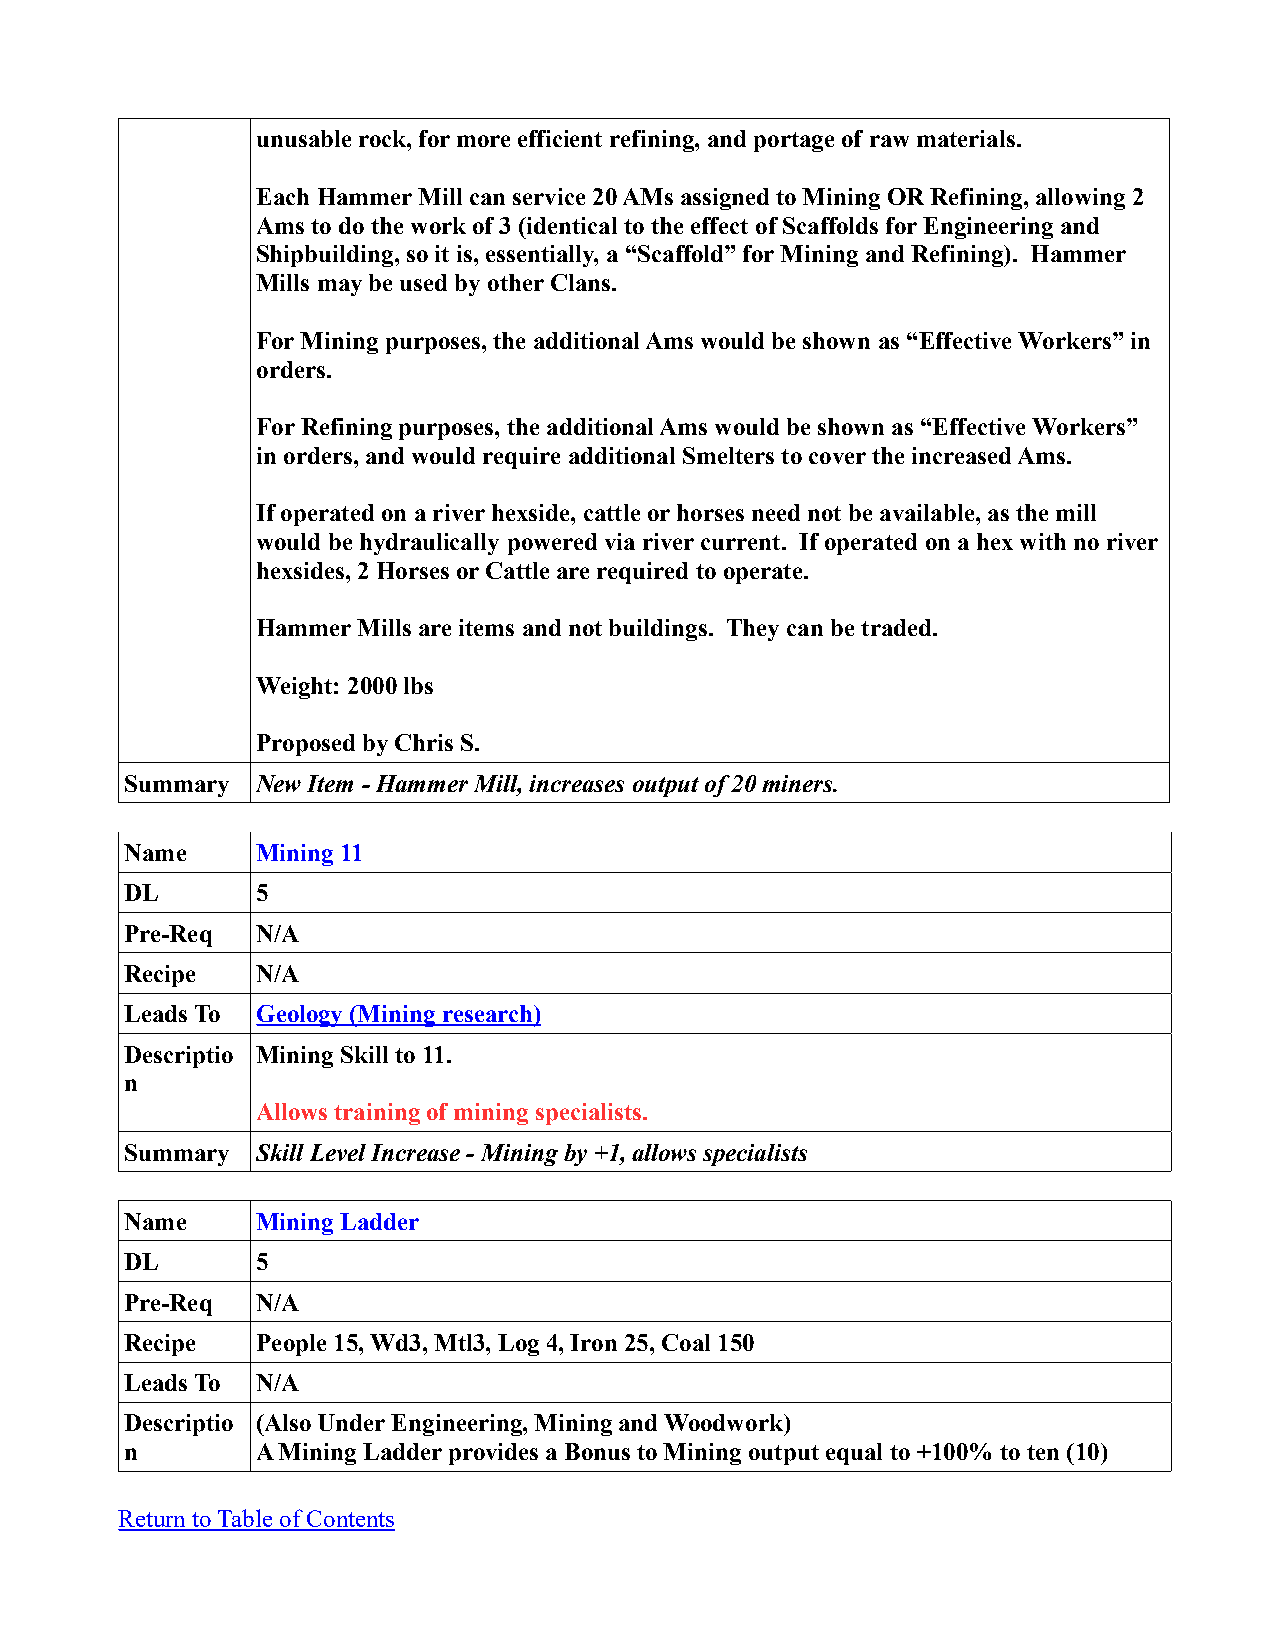
unusable rock, for more efficient refining, and portage of raw materials.
 Each Hammer Mill can service 20 AMs assigned to Mining OR Refining, allowing 2
 Ams to do the work of 3 (identical to the effect of Scaffolds for Engineering and
 Shipbuilding, so it is, essentially, a “Scaffold” for Mining and Refining). Hammer
 Mills may be used by other Clans.
 For Mining purposes, the additional Ams would be shown as “Effective Workers” in
 orders.
 For Refining purposes, the additional Ams would be shown as “Effective Workers”
 in orders, and would require additional Smelters to cover the increased Ams.
 If operated on a river hexside, cattle or horses need not be available, as the mill
 would be hydraulically powered via river current. If operated on a hex with no river
 hexsides, 2 Horses or Cattle are required to operate.
 Hammer Mills are items and not buildings. They can be traded.
 Weight: 2000 lbs
 Proposed by Chris S.
 Summary  New Item - Hammer Mill, increases output of 20 miners.
 Name     Mining 11
 DL       5
 Pre-Req  N/A
 Recipe   N/A
 Leads To Geology (Mining research)
 Descriptio Mining Skill to 11.
 n
 Allows training of mining specialists.
 Summary  Skill Level Increase - Mining by +1, allows specialists
 Name     Mining Ladder
 DL       5
 Pre-Req  N/A
 Recipe   People 15, Wd3, Mtl3, Log 4, Iron 25, Coal 150
 Leads To N/A
 Descriptio (Also Under Engineering, Mining and Woodwork)
 n        A Mining Ladder provides a Bonus to Mining output equal to +100% to ten (10)
 Return to Table of Contents